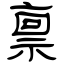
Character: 禀